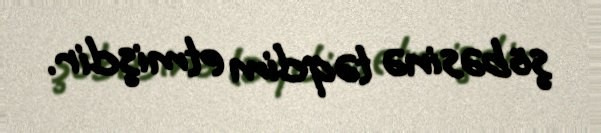
şöbəsinə təqdim etmişdir.